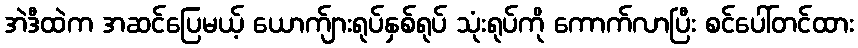
အဲဒီထဲက အဆင်ပြေမယ့် ယောက်ျားရုပ်နှစ်ရုပ် သုံးရုပ်ကို ကောက်လာပြီး စင်ပေါ်တင်ထား